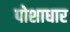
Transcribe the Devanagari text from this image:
पोशाधार